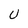
Character: U